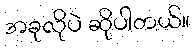
အခုလိုပဲ ဆိုပါတယ်။